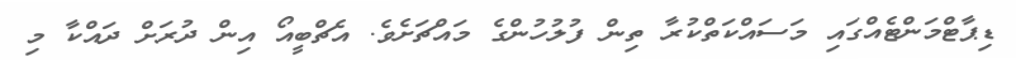
ޑިޕާޓްމަންޓެއްގައި މަސައްކަތްކުރާ ތިން ފުލުހުންގެ މައްޗަށެވެ. އެޗްބީއޯ އިން ދުރަށް ދައްކާ މި